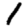
Digit: 1